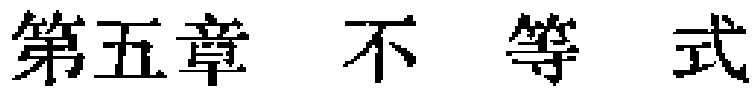
第五章 不等式